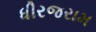
ધીરજરામ